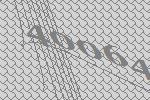
40064